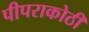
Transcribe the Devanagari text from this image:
पीपराकोठी